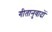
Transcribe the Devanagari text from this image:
गीतानुवादों